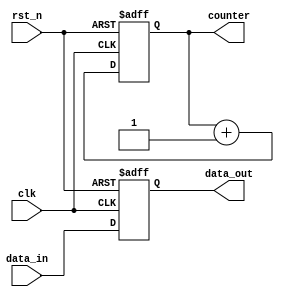
module example_sequential_logic (
    input wire clk,          // Clock signal
    input wire rst_n,       // Active low reset signal
    input wire [7:0] data_in, // Input data signal
    output reg [7:0] data_out, // Output data signal
    output reg [3:0] counter   // Counter output
);

    // Initial state for the counter
    initial begin
        counter = 4'b0000;
        data_out = 8'b00000000;
    end

    // Sequential logic block triggered on the rising edge of the clock
    always @(posedge clk or negedge rst_n) begin
        if (!rst_n) begin
            // Reset condition: initialize state variables
            counter <= 4'b0000;
            data_out <= 8'b00000000;
        end else begin
            // Update state variables on clock edge
            counter <= counter + 1; // Increment counter
            data_out <= data_in;    // Update output with input data
        end
    end

endmodule